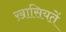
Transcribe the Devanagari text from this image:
ख़ासियतें